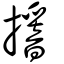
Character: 𢵾